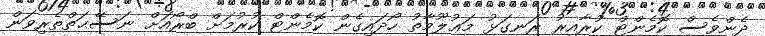
ދެންވެސް ކޮމެންޓް ކުރާއިރު ރަނގަޅު މަޢުލޫމާތު ހޯދައިގެން ކޮމެންޓް ކުރުމަށް ބްރޯއަށް ނަސޭޙަތްތެރިވަން